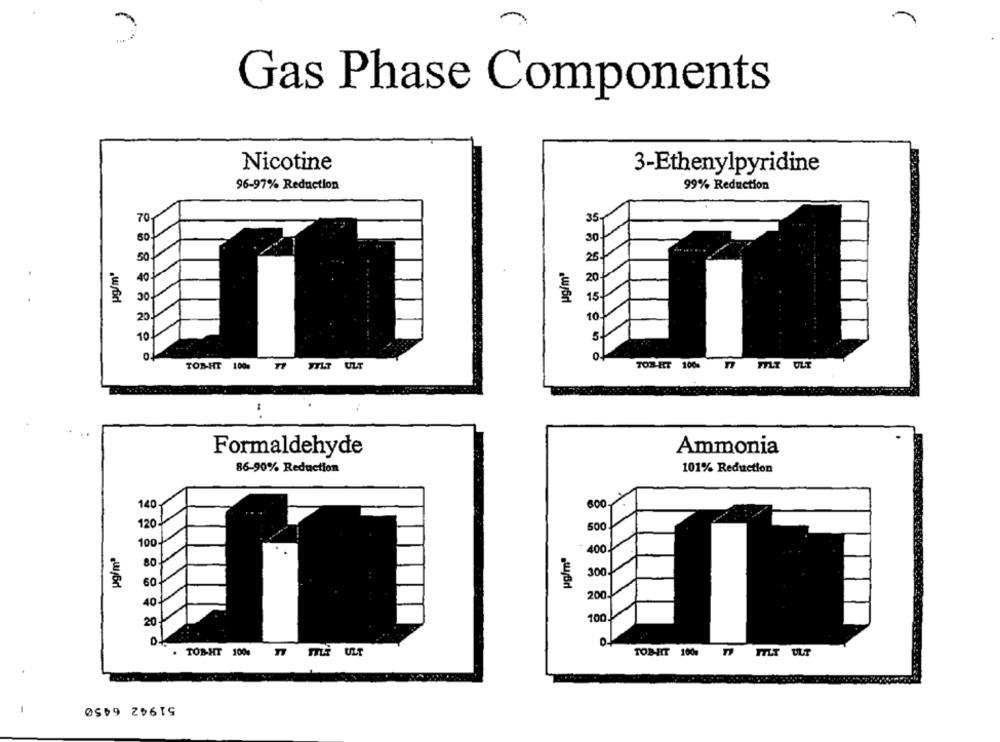
Gas Phase Components
Nicotine
3-Ethenylpyridine
96-97% Reduction
99% Reduction
70
35
60
30
50
26
40
20
OC
wför
15
20
10
of
TOB-HT 100%
JTLT U
TOR ET 100%
W LT OLT
Formaldehyde
Ammonia
86-90% Reduction
101% Reduction
140
600
120
500
ug/mª
100
400
80
300
60
200
40
20
100
. TOB-HT 1000 7
STLY ULT
TOB-HIT 100%
ITLT ULT
51942 6450
-